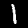
Label: 1